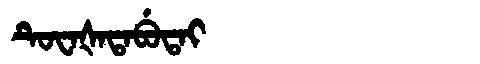
Manchu: ᡨᡠᠸᠠᡧᠠᡨᠠᠪᡠᡨᠠᡳ
Romanization: TUWAŠATABUTAI